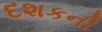
દશકની